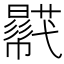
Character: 𧂓